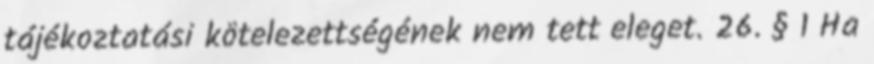
tájékoztatási kötelezettségének nem tett eleget. 26. § 1 Ha